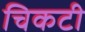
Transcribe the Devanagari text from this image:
चिकटी